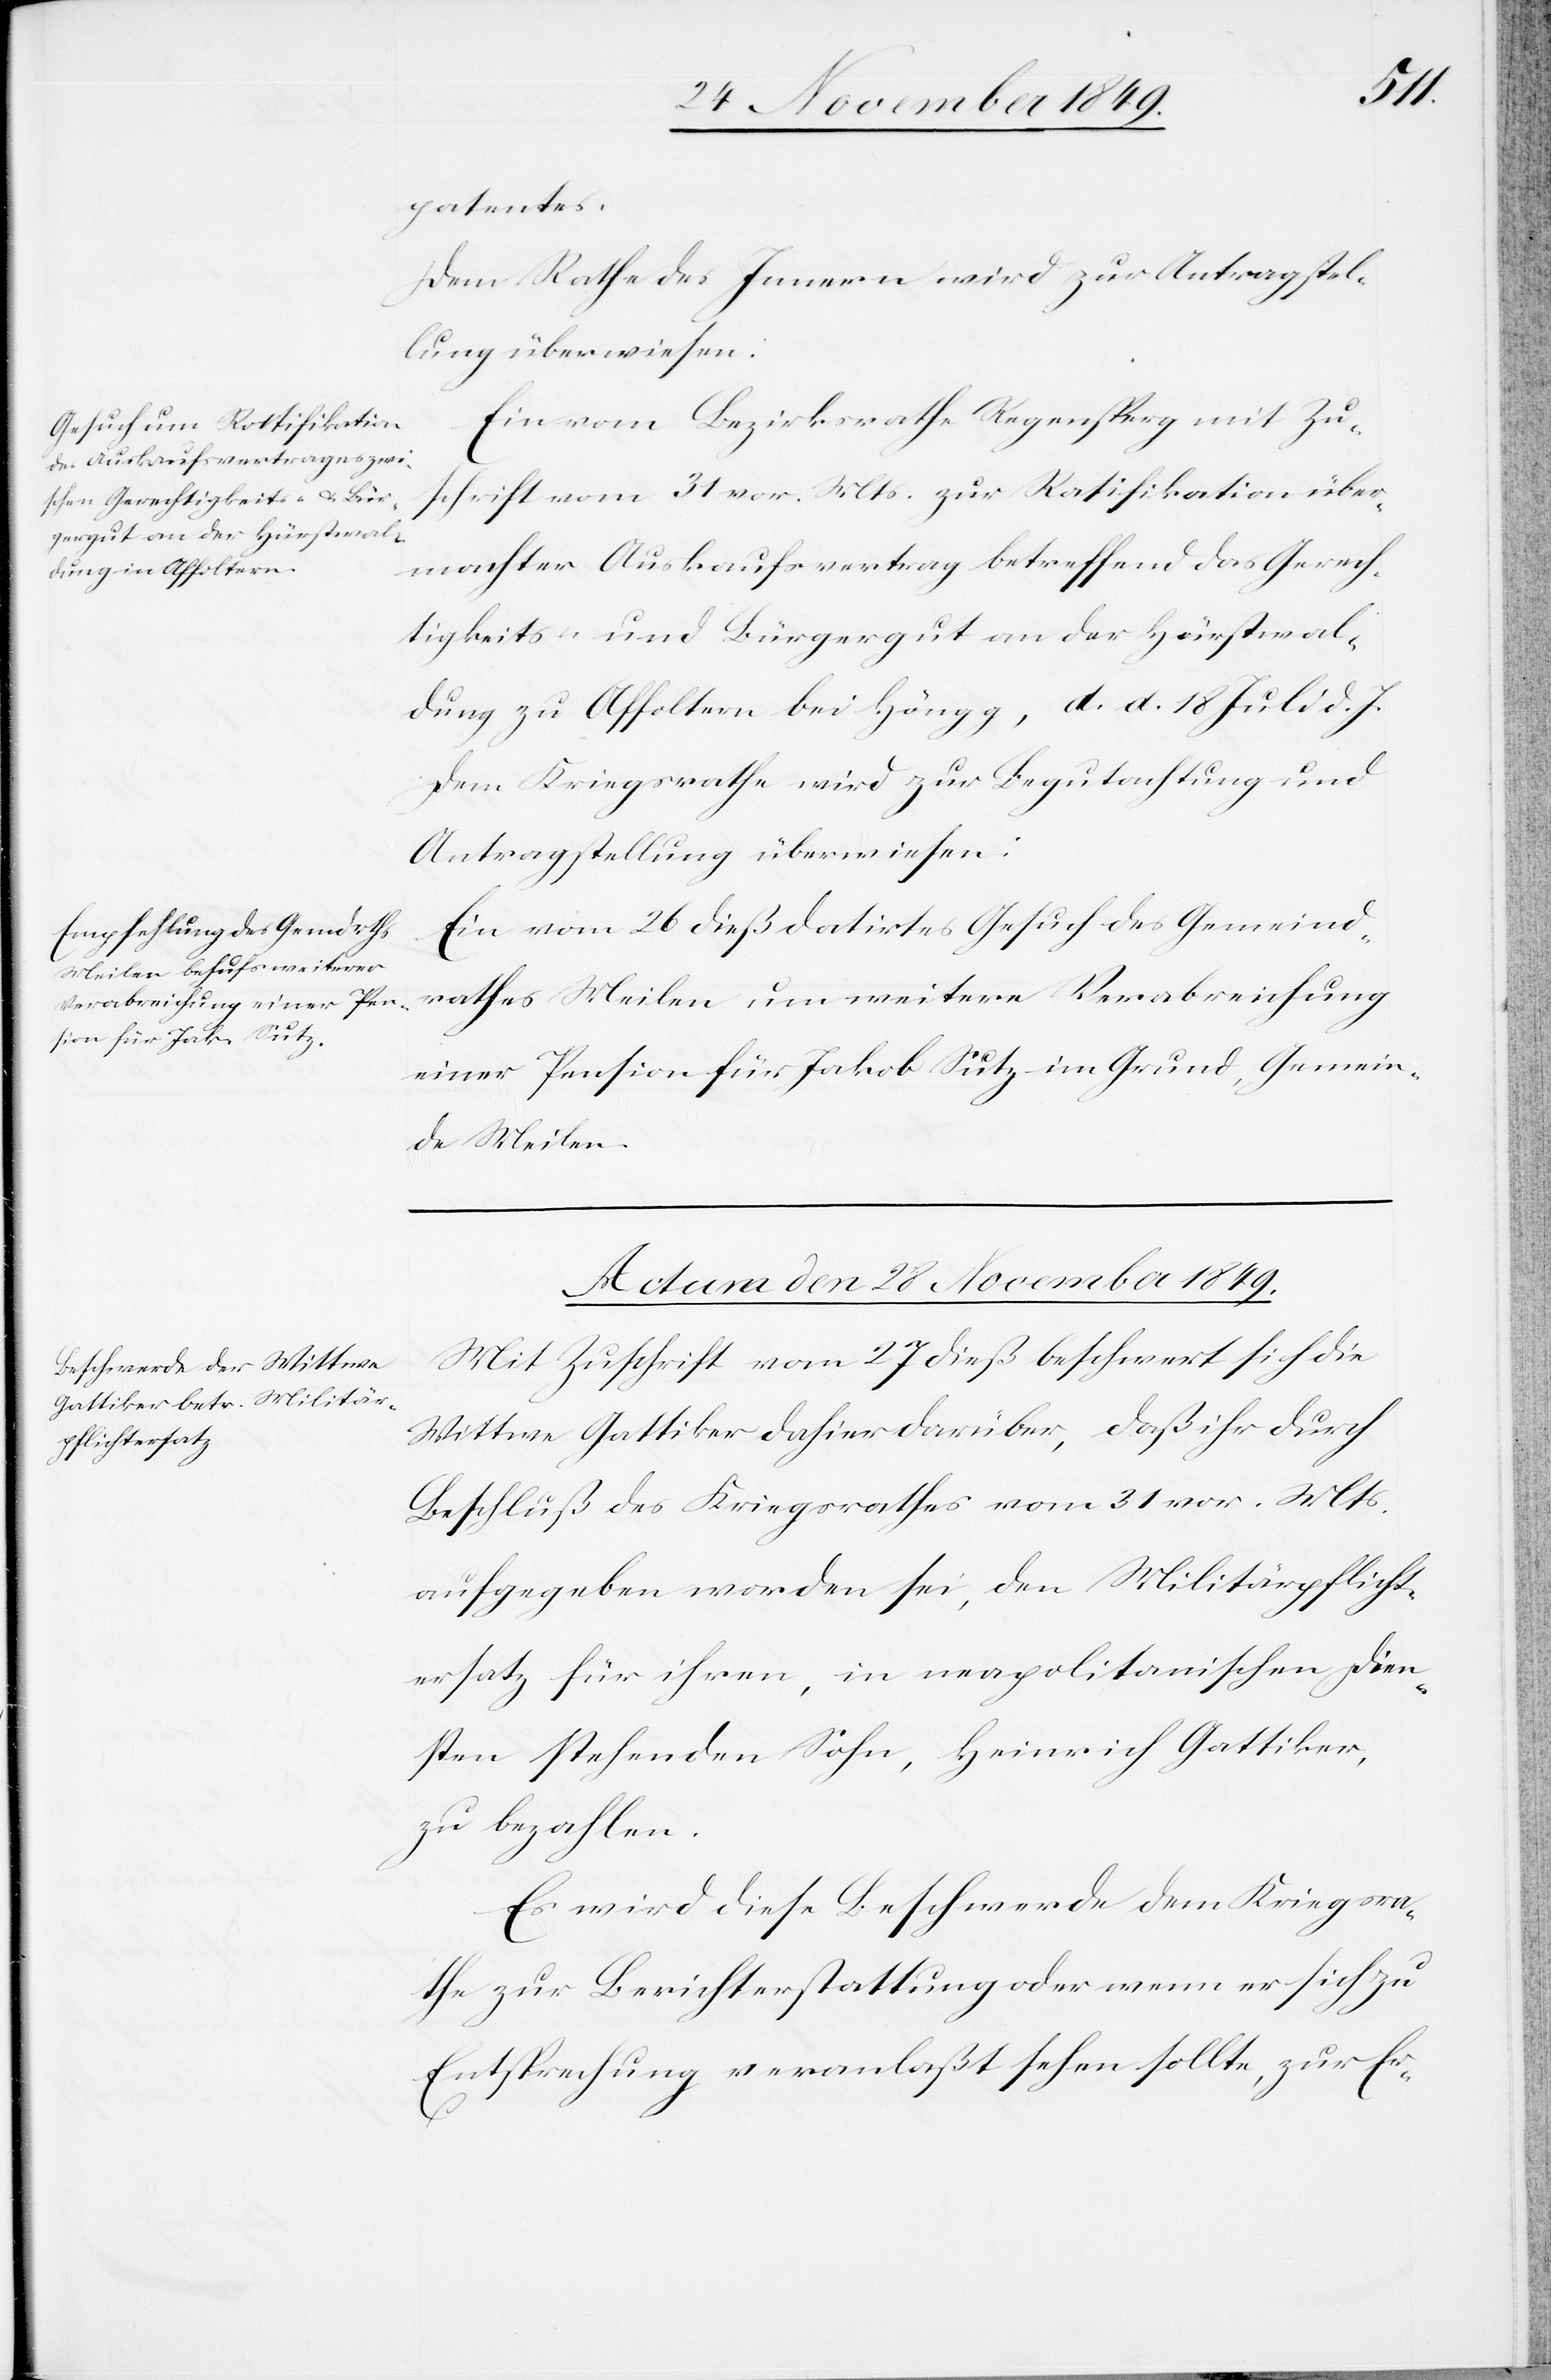
weitere
patentes.
Dem Rathe des Innern wird zur Antragstel¬
lung überwiesen:
Ein vom Bezirksrathe Regensperg mit Zu¬
schrift vom 31 vor. Mts. zur Ratifikation über¬
machter Auskaufsvertrag betreffend das Gerech¬
tigkeits- und Bürgergut an der Hürstwal¬
dung zu Affoltern bei Höngg, d. d. 18 Juli d. J.
Ein vom 26 dieß datirtes Gesuch des Gemeind¬
einer Pension für Jakob Sutz im Grund, Gemein¬
de Meilen.
Actum, den 28 November 1849.
Mit Zuschrift vom 27 dieß beschwert sich die
Wittwe Gattiker dahier darüber, daß ihr durch
Beschluß des Kriegsrathes vom 31 vor. Mts.
aufgegeben worden sei, den Militärpflicht¬
ersatz für ihren, in neapolitanischen Dien¬
sten stehenden Sohn, Heinrich Gattiker,
zu bezahlen.
Es wird diese Beschwerde dem Kriegsra¬
the zur Berichterstattung oder wenn er sich zu
Entsprechung veranlaßt sehen sollte, zur Er-